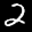
Label: 2